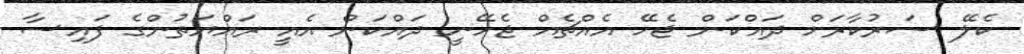
ކެލޭ ސަރުކާރަށް ދައްކަން ޖެހޭ އެއްޗެއް ޖެހޭނީ ދައްކަން އެއީ ރައްޔަތުންގެ ފައިސާ